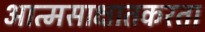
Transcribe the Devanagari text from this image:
आत्मसाक्षातकरता